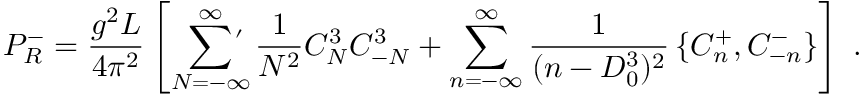
P _ { R } ^ { - } = { \frac { g ^ { 2 } L } { 4 \pi ^ { 2 } } } \left[ \sum _ { N = - \infty } ^ { \infty } \! \! \! \! { } ^ { \stackrel { \prime } { } } \thinspace \thinspace { \frac { 1 } { N ^ { 2 } } } C _ { N } ^ { 3 } C _ { - N } ^ { 3 } + \sum _ { n = - \infty } ^ { \infty } { \frac { 1 } { ( n - D _ { 0 } ^ { 3 } ) ^ { 2 } } } \left\{ C _ { n } ^ { + } , C _ { - n } ^ { - } \right\} \right] \; .